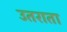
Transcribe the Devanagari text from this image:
उतराता